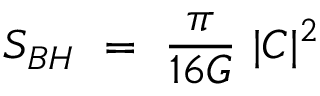
S _ { B H } ~ = ~ { \frac { \pi } { 1 6 G } } ~ | C | ^ { 2 } ~